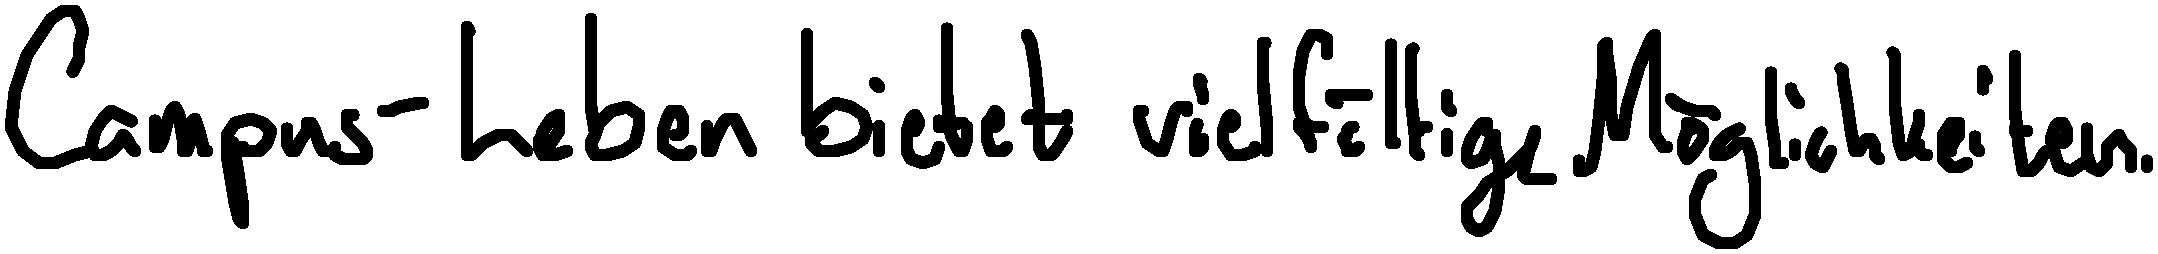
Campus-Leben bietet vielfältige Möglichkeiten.